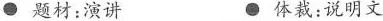
●题材:演讲 ●体裁:说明文